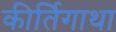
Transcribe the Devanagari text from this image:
कीर्तिगाथा